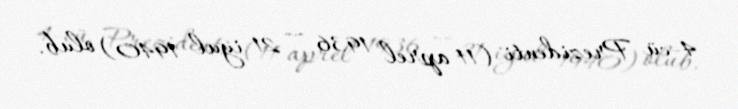
4-cü Prezidenti (11 aprel 1936 — 21 iyul 1940) olub.